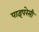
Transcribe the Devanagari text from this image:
पाइपरेसी